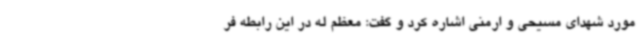
مورد شهدای مسیحی و ارمنی اشاره کرد و گفت: معظم له در این رابطه فر